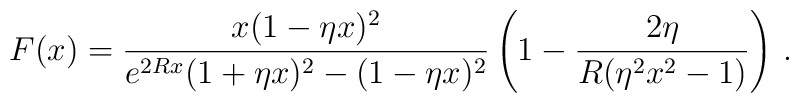
F(x)=\frac{x(1-\eta x)^2}{e^{2Rx}(1+\eta x)^2-(1-\eta x)^2} \left (1-\frac{2 \eta}{R(\eta^2 x^2-1)}\right )\,{.}